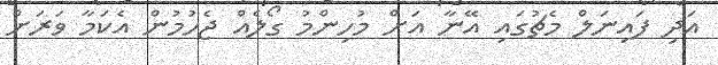
އަދި ފައިނަލް މެޗުގައި އޭނާ އަށް މުހިންމު ގޯލެއް ޖެހުމުން އެކަމާ ވަރަށް